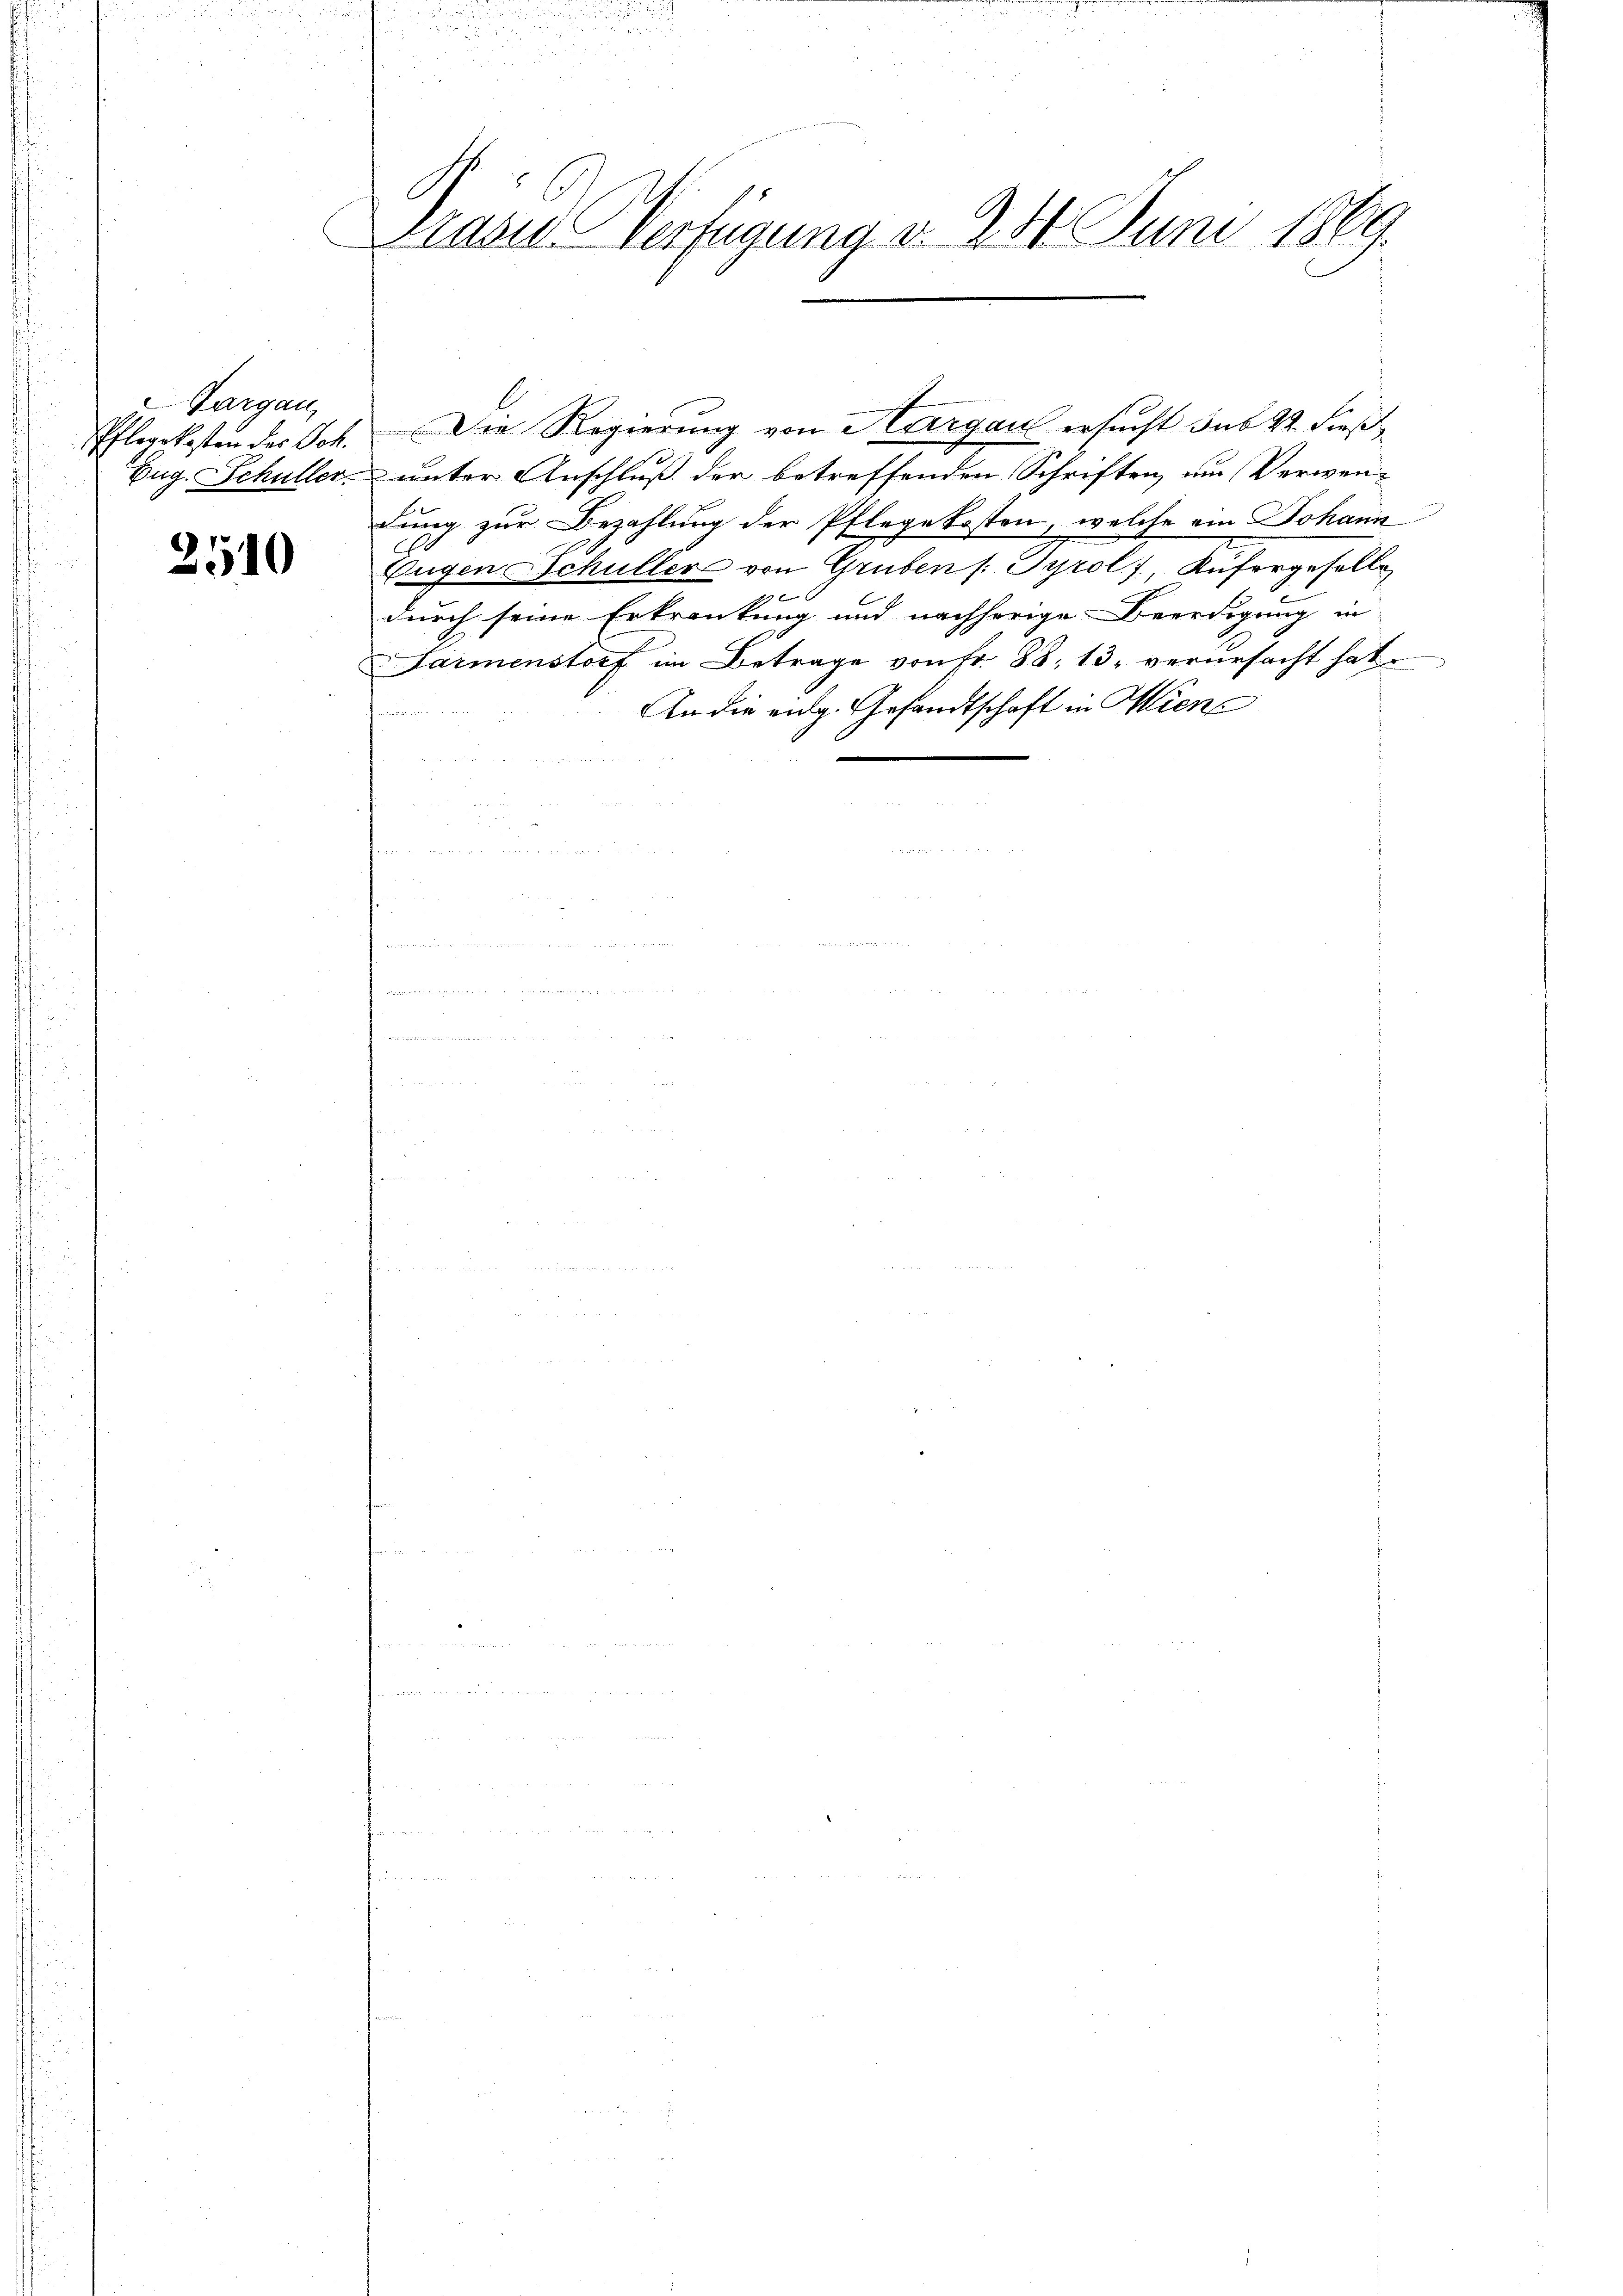
Thurgau
Pflegekosten des Sch.

2510

Basis Verfügung d. 28. Juni 1869.

Eug. Schuller unter Anschluß der betreffenden Schriften, um Verwenlung zur Bezahlung der Pflegekosten, welche ein Johann
.
Eugen Schüller von Gruben (: Tyrol, Küfergesells
durch seine Erkrankung und nachherige Beerdigung in
Farmenstorf im Betrage von Fr. 88, 13. verursacht hat.
An die eidg. Gesandtschaft in Miene

Die Regierung von Aargau ersucht sub 22. Fieß